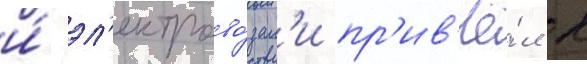
и́ эл'ектрово́зам'и пр'ив'ё́л к